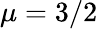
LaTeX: \mu=3/2